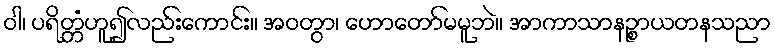
ဝါ၊ ပရိတ္တံဟူ၍လည်းကောင်း။ အဝတွာ၊ ဟောတော်မမူဘဲ။ အာကာသာနဉ္စာယတနသညာ